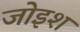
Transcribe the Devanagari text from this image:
जोइश